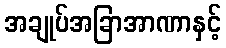
အချုပ်အခြာအာဏာနှင့်